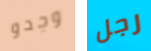
وجدو رجل